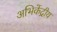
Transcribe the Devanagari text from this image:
अभिकेंद्रीय